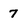
Character: 7